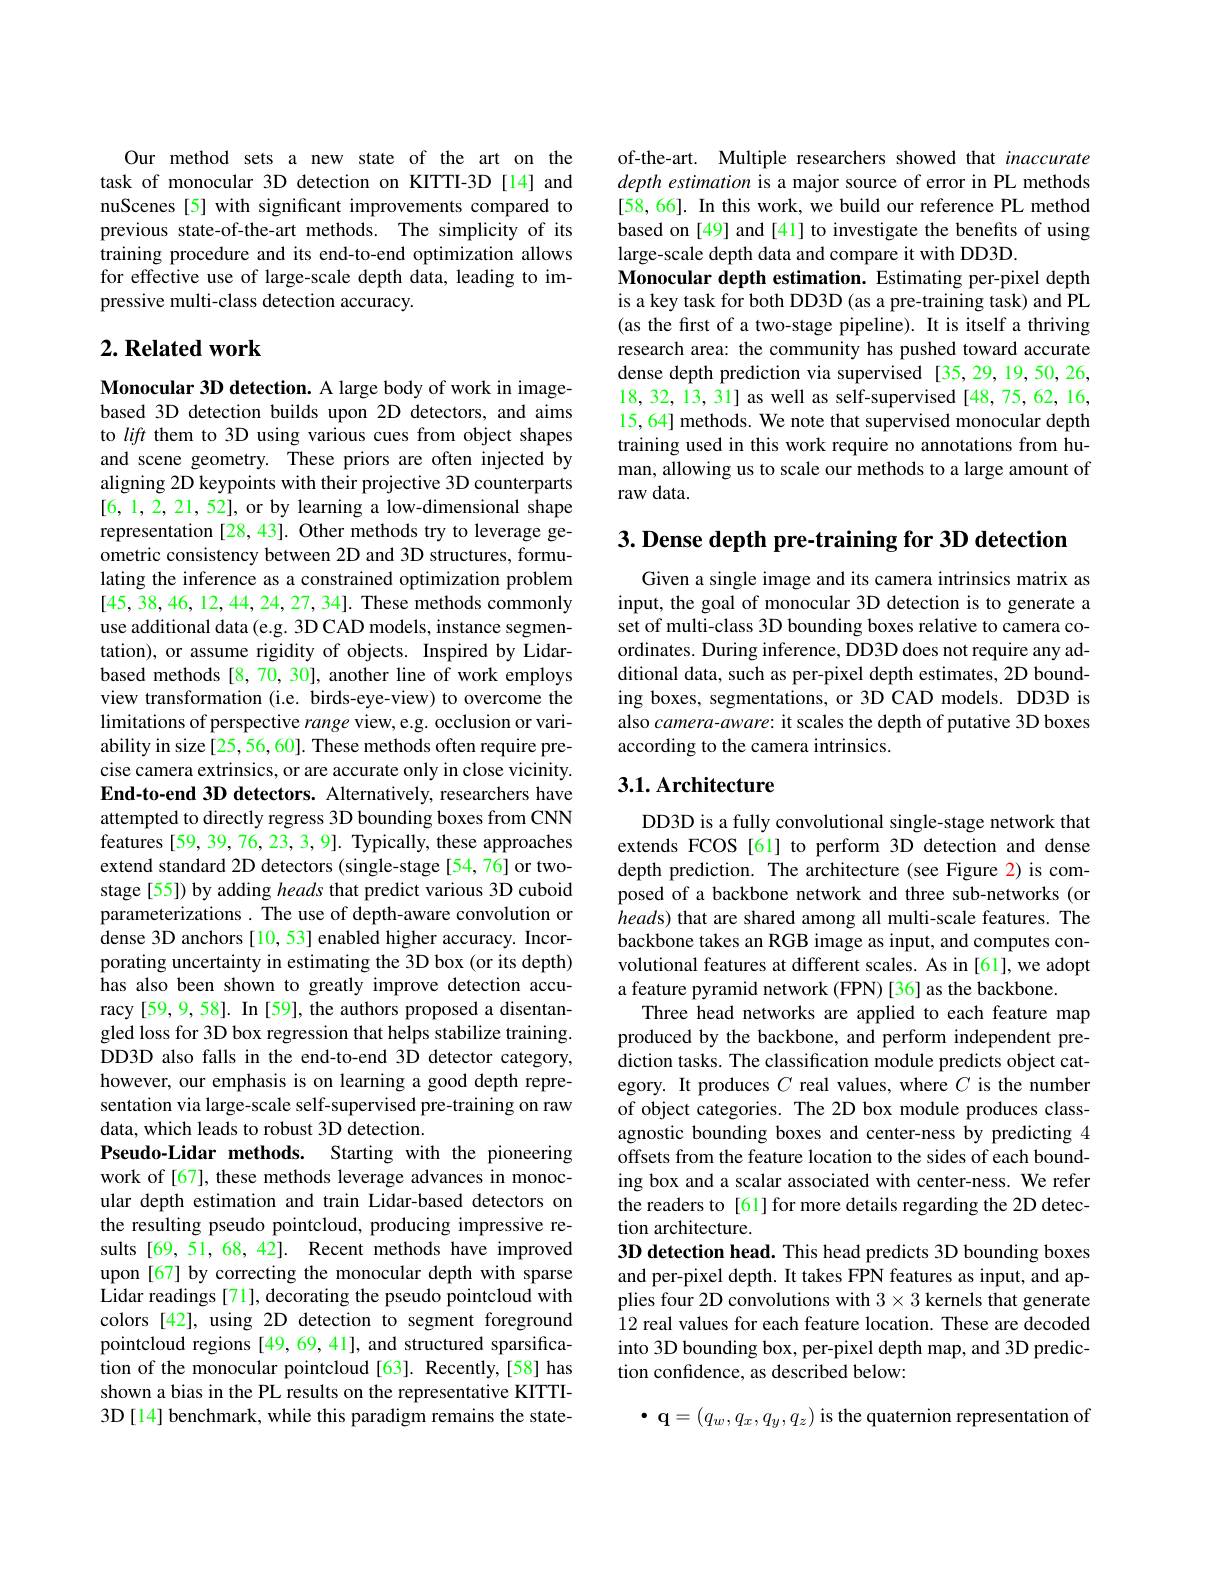
Our method sets a new state of the art on the task of monocular 3D detection on KITTI-3D[14] and nuScenes [5] with significant improvements compared to previous state-of-the-art methods. The simplicity of its training procedure and its end-to-end optimization allows for effective use of large-scale depth data, leading to impressive multi-class detection accuracy.

## $2. \textbf{Related work}$

Monocular 3D detection. A large body of work in imagebased 3D detection builds upon 2D detectors, and aims to lift them to 3D using various cues from object shapes and scene geometry. These priors are often injected by aligning 2D keypoints with their projective 3D counterparts [6,1,2,21,52], or by learning a low-dimensional shape representation [28, 43]. Other methods try to leverage geometric consistency between 2D and 3D structures, formulating the inference as a constrained optimization problem [45,38,46,12,44,24,27,34]. These methods commonly use additional data (e.g. 3D CAD models, instance segmentation), or assume rigidity of objects. Inspired by Lidarbased methods [8,70, 30], another line of work employs view transformation (i.e. birds-eye-view) to overcome the limitations of perspective range view,e.g. occlusion or variability in size [25, 56, 60]. These methods often require precise camera extrinsics, or are accurate only in close vicinity. End-to-end 3D detectors. Alternatively, researchers have attempted to directly regress 3D bounding boxes from CNN features [59, 39, 76, 23, 3, 9]. Typically, these approaches extend standard 2D detectors (single-stage [54,76] or twostage [55]) by adding heads that predict various 3D cuboid parameterizations . The use of depth-aware convolution or dense 3D anchors [10, 53] enabled higher accuracy. Incorporating uncertainty in estimating the 3D box (or its depth) has also been shown to greatly improve detection accuracy [59,9,58]. In [59], the authors proposed a disentangled loss for 3D box regression that helps stabilize training. DD3D also falls in the end-to-end 3D detector category, however, our emphasis is on learning a good depth representation via large-scale self-supervised pre-training on raw data, which leads to robust 3D detection.
Pseudo-Lidar methods. Starting with the pioneering work of[67], these methods leverage advances in monocular depth estimation and train Lidar-based detectors on the resulting pseudo pointcloud, producing impressive results [69,51,68,42]. Recent methods have improved upon [67] by correcting the monocular depth with sparse Lidar readings [71], decorating the pseudo pointcloud with colors [42], using 2D detection to segment foreground pointcloud regions [49,69,41], and structured sparsification of the monocular pointcloud[63]. Recently,[58] has shown a bias in the PL results on the representative KITTI- 3D[14] benchmark, while this paradigm remains the state-

of-the-art. Multiple researchers showed that inaccurate $depth\textit{ estimation is a major source of error in PL methods}$ [58, 66]. In this work, we build our reference PL method based on [49] and [41] to investigate the benefits of using large-scale depth data and compare it with DD3D.
Monocular depth estimation. Estimating per-pixel depth is a key task for both DD3D (as a pre-training task) and PL (as the first of a two-stage pipeline). It is itself a thriving research area: the community has pushed toward accurate dense depth prediction via supervised [35,29,19,50,26, 18,32,13,31] as well as self-supervised[48,75,62,16, 15,64] methods. We note that supervised monocular depth training used in this work require no annotations from human, allowing us to scale our methods to a large amount of raw data.

$3. \textbf{ Dense depth pre- training for 3D detection}$

Given a single image and its camera intrinsics matrix as input, the goal of monocular 3D detection is to generate a set of multi-class 3D bounding boxes relative to camera coordinates. During inference, DD3D does not require any additional data, such as per-pixel depth estimates, 2D bounding boxes, segmentations, or 3D CAD models. DD3D is also camera-aware: it scales the depth of putative 3D boxes according to the camera intrinsics.

## 3.1. Architecture

DD3D is a fully convolutional single-stage network that extends FCOS [61] to perform 3D detection and dense depth prediction. The architecture (see Figure 2) is composed of a backbone network and three sub-networks (or heads) that are shared among all multi-scale features. The backbone takes an RGB image as input, and computes convolutional features at different scales. As in [61], we adopt a feature pyramid network (FPN) [36] as the backbone
Three head networks are applied to each feature map produced by the backbone, and perform independent prediction tasks. The classification module predicts object category. It produces $C$ real values, where $C$ is the number of object categories. The 2D box module produces classagnostic bounding boxes and center-ness by predicting 4 offsets from the feature location to the sides of each bounding box and a scalar associated with center-ness. We refer the readers to [61] for more details regarding the 2D detection architecture.
3D detection head. This head predicts 3D bounding boxes and per-pixel depth. It takes FPN features as input, and applies four 2D convolutions with $3\times3$ kernels that generate 12 real values for each feature location. These are decoded into 3D bounding box, per-pixel depth map, and 3D prediction confidence, as described below:

$\bullet\mathbf{q}=(q_w,q_x,q_y,q_z)$ is the quaternion representation of